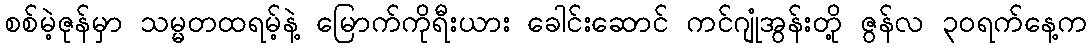
စစ်မဲ့ဇုန်မှာ သမ္မတထရမ့်နဲ့ မြောက်ကိုရီးယား ခေါင်းဆောင် ကင်ဂျုံအွန်းတို့ ဇွန်လ ၃ဝရက်နေ့က